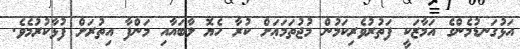
އަޅުގަނޑުމެންގެ އަމާޒަކީ ފަތުރުވެރިކަމުން މުޖުތަމަޢަށް ކުރާ ހެޔޮ ލާބައާއި މަންފާ އިތުރަށް ފުޅާކުރުމެވެ.